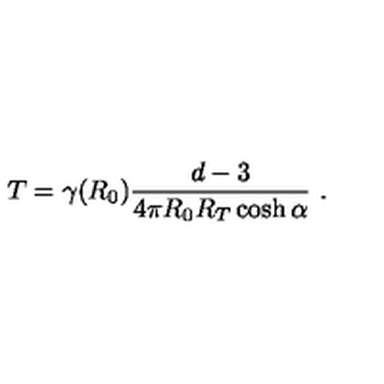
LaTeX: T = \gamma ( R _ { 0 } ) \frac { d - 3 } { 4 \pi R _ { 0 } R _ { T } \cosh \alpha } \ .